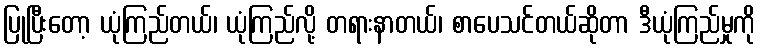
ပြုပြီးတော့ ယုံကြည်တယ်၊ ယုံကြည်လို့ တရားနာတယ်၊ စာပေသင်တယ်ဆိုတာ ဒီယုံကြည်မှုကို